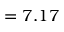
= 7 . 1 7